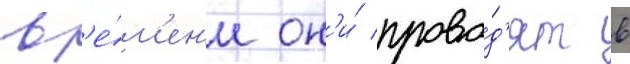
вр'е́м'ен'и он'и́ прово́д'ят в